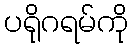
ပရိုဂရမ်ကို